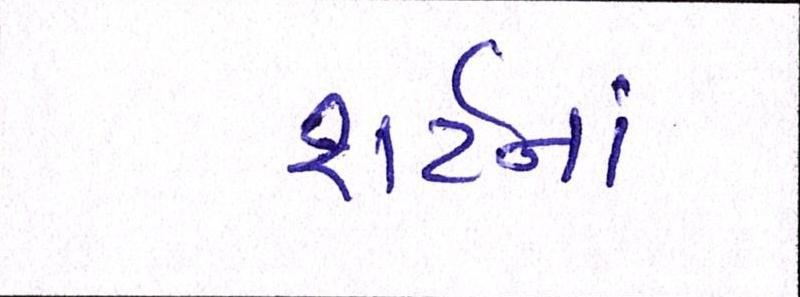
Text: શર્ટનાં